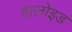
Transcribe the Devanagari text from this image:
हालोइड